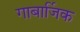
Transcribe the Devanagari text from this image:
गाबार्जिक